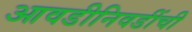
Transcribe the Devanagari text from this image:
आवडीनिवडींची